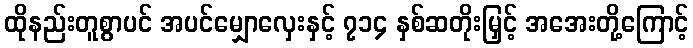
ထိုနည်းတူစွာပင် အပင်မျှောလှေးနှင့် ၇၁၄ နှစ်ဆတိုးမြှင့် အအေးတို့ကြောင့်